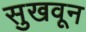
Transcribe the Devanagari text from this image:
सुखवून